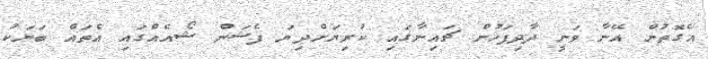
އެގޮތުން އޭނާ ވަނީ ދާދިފަހުން ޗައިނާގައި ކުރިޔަށްދިޔަ ފެޝަން ޝޯއެއްގައި އެތައް ބަޔަކު